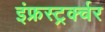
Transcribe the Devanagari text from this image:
इंफ्रस्ट्रर्क्चर